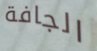
الجافة